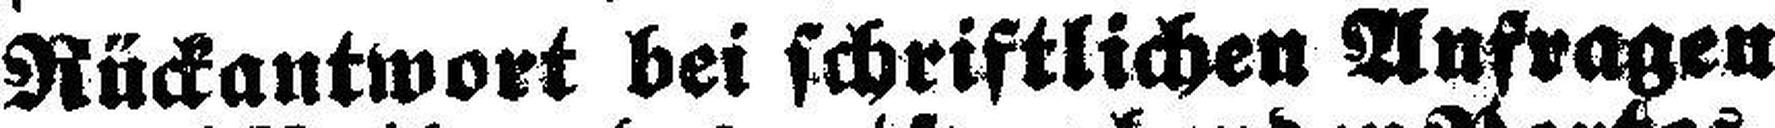
Rückantwort bei schriftlichen Anfragen